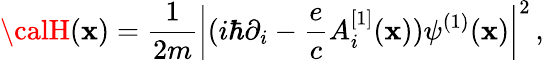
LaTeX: {\calH}(\mathbf{x})={\frac{{1}}{{2m}}}\left|(i\hbar\partial_{i}-{\frac{{e}}{{c}}}A_{i}^{[1]}(\mathbf{x}))\psi^{(1)}(\mathbf{x})\right|^{2}\, ,